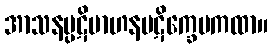
အာသနပ္ပဋိဗာဟနပဋိက္ခေပကထာ။